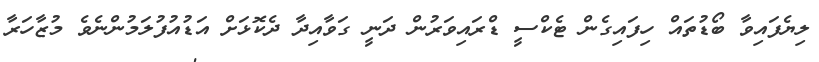
ލިޔެފައިވާ ބޯޑުތައް ހިފައިގެން ޓެކްސީ ޑްރައިވަރުން ދަނީ ގަވާއިދާ ދެކޮޅަށް އަޑުއުފުލަމުންނެވެ މުޒާހަރާ